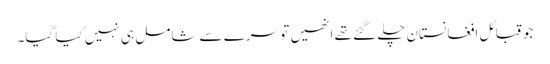
جو قبائل افغانستان چلے گئے تھے انھیں تو سرے سے شامل ہی نہیں کیا گیا۔